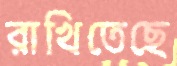
রাখিতেছে